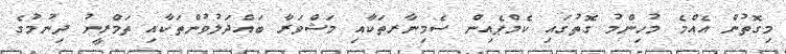
މިގޮތުން އެއްމެ މުހިންމު ގޮތުގައި ކެމްޕެއިން ސެމިނާރތަކާއި މަޝްވަރާ ބައްދަލުވުންތަކާއި ތަމްރީނު ދިނުމުގެ